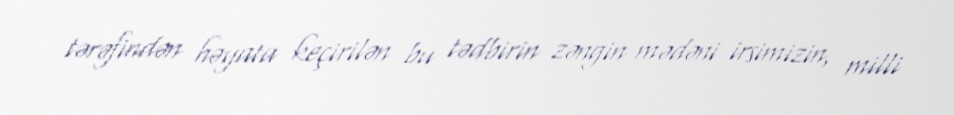
tərəfindən həyata keçirilən bu tədbirin zəngin mədəni irsimizin, milli